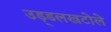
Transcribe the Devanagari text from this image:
उड़्डलखटोले